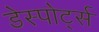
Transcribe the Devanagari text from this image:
डेस्पोर्ट्स